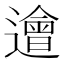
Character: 𨗥